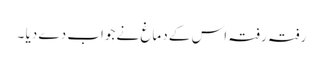
رفتہ رفتہ اس کے دماغ نے جواب دے دیا ۔